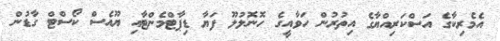
އެމެރިކާގެ އަސްކަރިއްޔާގެ އިތުރުން ހަވާއީގެ ހޮނޮލުލޫ ފަޔާ ޑިޕާޓްމެންޓާއި ޔޫއެސް ކޯސްޓް ގާޑުން